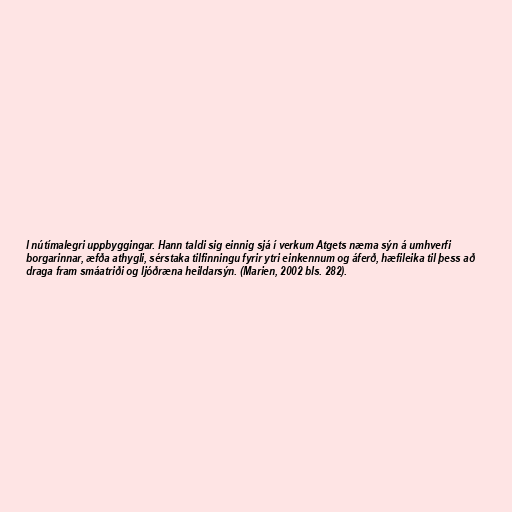
l nútímalegri uppbyggingar. Hann taldi sig einnig sjá í verkum Atgets næma sýn á umhverfi
borgarinnar, æfða athygli, sérstaka tilfinningu fyrir ytri einkennum og áferð, hæfileika til þess að
draga fram smáatriði og ljóðræna heildarsýn. (Marien, 2002 bls. 282).